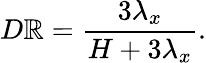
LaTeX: {D\mathbb{R}}=\frac{{3\lambda_{x}}}{{H+3\lambda_{x}}}.